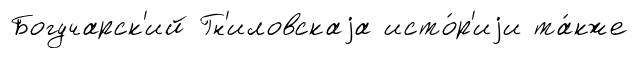
Богучарск'ий Гн'иловскаjа исто́р'иjи та́кже